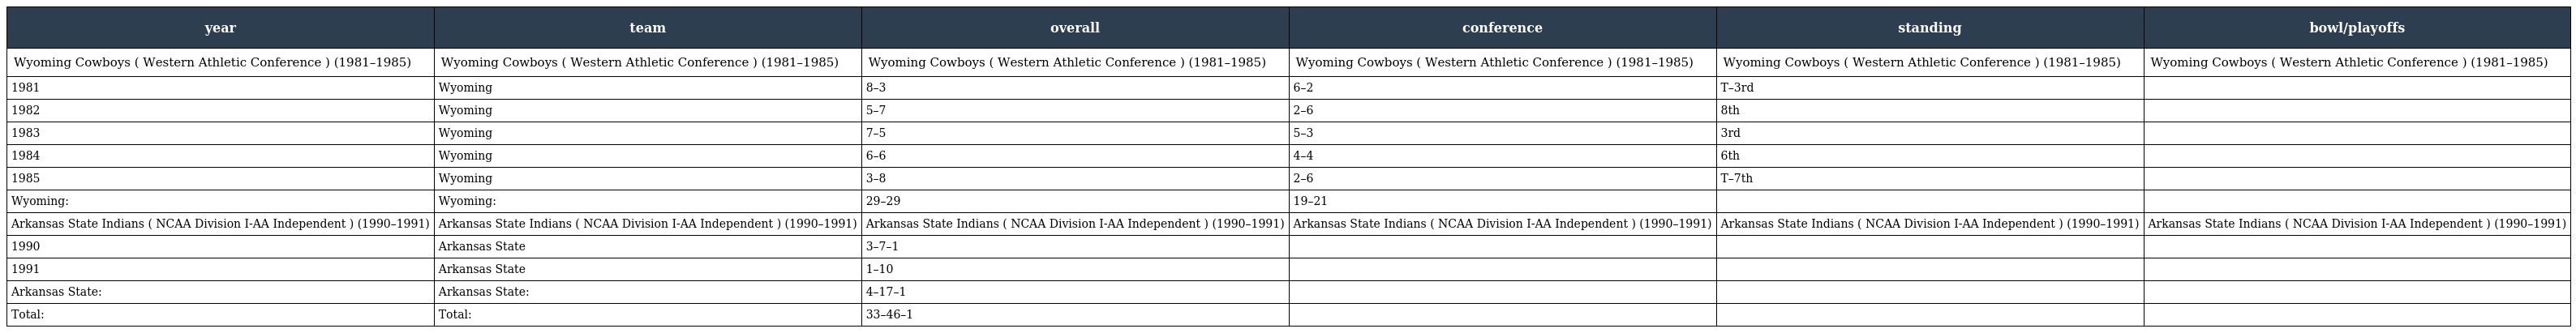
| year | team | overall | conference | standing | bowl/playoffs |
 | --- | --- | --- | --- | --- | --- |
 | Wyoming Cowboys ( Western Athletic Conference ) (1981–1985) | Wyoming Cowboys ( Western Athletic Conference ) (1981–1985) | Wyoming Cowboys ( Western Athletic Conference ) (1981–1985) | Wyoming Cowboys ( Western Athletic Conference ) (1981–1985) | Wyoming Cowboys ( Western Athletic Conference ) (1981–1985) | Wyoming Cowboys ( Western Athletic Conference ) (1981–1985) |
 | 1981 | Wyoming | 8–3 | 6–2 | T–3rd |  |
 | 1982 | Wyoming | 5–7 | 2–6 | 8th |  |
 | 1983 | Wyoming | 7–5 | 5–3 | 3rd |  |
 | 1984 | Wyoming | 6–6 | 4–4 | 6th |  |
 | 1985 | Wyoming | 3–8 | 2–6 | T–7th |  |
 | Wyoming: | Wyoming: | 29–29 | 19–21 |  |  |
 | Arkansas State Indians ( NCAA Division I-AA Independent ) (1990–1991) | Arkansas State Indians ( NCAA Division I-AA Independent ) (1990–1991) | Arkansas State Indians ( NCAA Division I-AA Independent ) (1990–1991) | Arkansas State Indians ( NCAA Division I-AA Independent ) (1990–1991) | Arkansas State Indians ( NCAA Division I-AA Independent ) (1990–1991) | Arkansas State Indians ( NCAA Division I-AA Independent ) (1990–1991) |
 | 1990 | Arkansas State | 3–7–1 |  |  |  |
 | 1991 | Arkansas State | 1–10 |  |  |  |
 | Arkansas State: | Arkansas State: | 4–17–1 |  |  |  |
 | Total: | Total: | 33–46–1 |  |  |  |